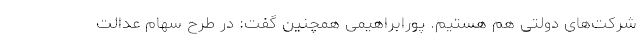
شرکت‌های دولتی هم هستیم. پورابراهیمی همچنین گفت: در طرح سهام عدالت